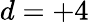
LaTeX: d=+4